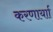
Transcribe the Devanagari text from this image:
करणार्याा